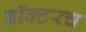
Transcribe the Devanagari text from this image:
डॉक्टरच